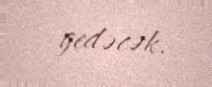
gedəcək.